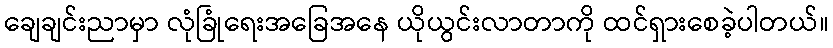
ချေချင်းညာမှာ လုံခြုံရေးအခြေအနေ ယိုယွင်းလာတာကို ထင်ရှားစေခဲ့ပါတယ်။